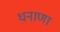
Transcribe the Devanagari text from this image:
धनाणा